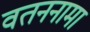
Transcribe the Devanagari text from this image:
वतननामा